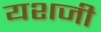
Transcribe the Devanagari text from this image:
यशजी